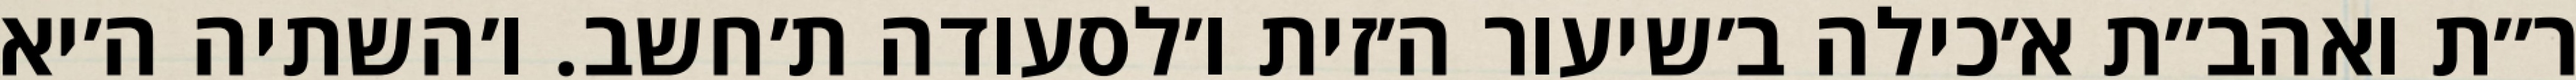
ר״ת ואהב״ת א׳כילה ב׳שיעור ה׳זית ו׳לסעודה ת׳חשב. ו׳השתיה ה׳יא